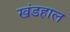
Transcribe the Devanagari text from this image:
खंडहाल